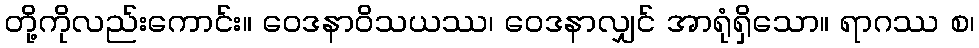
တို့ကိုလည်းကောင်း။ ဝေဒနာဝိသယဿ၊ ဝေဒနာလျှင် အာရုံရှိသော။ ရာဂဿ စ၊